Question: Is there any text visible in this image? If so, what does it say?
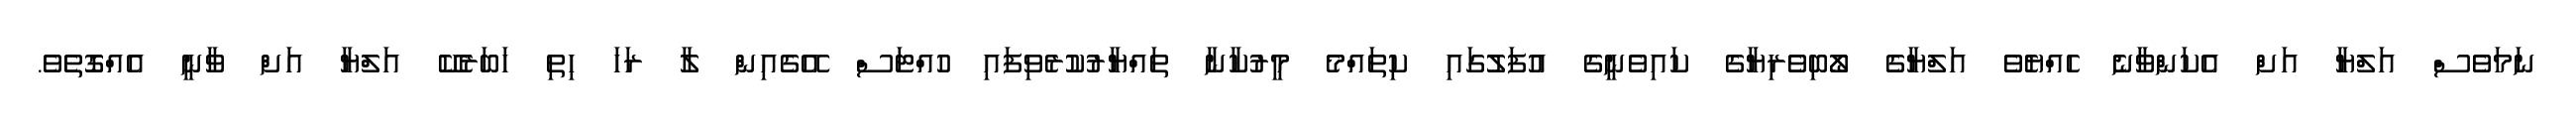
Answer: ނަމަވެސް އަލްޔާ އަށް އެކަންވާނެ ހެއްޔެވެ އަލްޔާގެ ލޯބިވެރިޔާގެ ކައިވެނީގެ އުފަލުގައި ކިތައްމެ މީރުކާނާ ތައްޔާރުކުރެވިފައި ހުއްޓަސް އޭގެއިން ލާ ރަހަ ހިތި ހަބަރެކޭ އަލްޔާ އަށް ވާނީ އެއްގޮތެވެ.